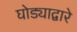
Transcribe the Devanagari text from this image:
घोड्याद्वारे